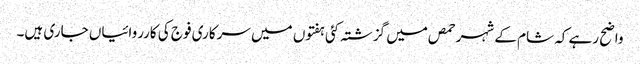
واضح رہے کہ شام کے شہر حمص میں گزشتہ کئی ہفتوں میں سرکاری فوج کی کارروائیاں جاری ہیں۔